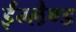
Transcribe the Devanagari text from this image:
ईंग्लैण्ड